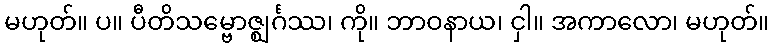
မဟုတ်။ ပ။ ပီတိသမ္ဗောဇ္ဈင်္ဂဿ၊ ကို။ ဘာဝနာယ၊ ငှါ။ အကာလော၊ မဟုတ်။